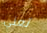
تعني